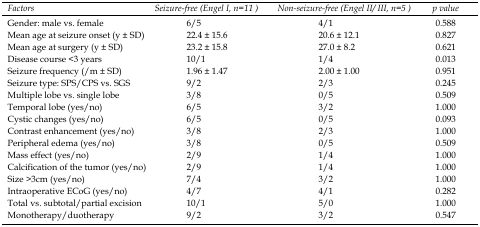
| Factors | Seizure-free (Engel I, n=11 ) | Non-seizure-free (Engel II/ III, n=5 ) | p value |
 | --- | --- | --- | --- |
 | Gender: male vs. female | 6/5 | 4/1 | 0.588 |
 | Mean age at seizure onset (y ± SD) | 22.4 ± 15.6 | 20.6 ± 12.1 | 0.827 |
 | Mean age at surgery (y ± SD) | 23.2 ± 15.8 | 27.0 ± 8.2 | 0.621 |
 | Disease course <3 years | 10/1 | 1/4 | 0.013 |
 | Seizure frequency (/m ± SD) | 1.96 ± 1.47 | 2.00 ± 1.00 | 0.951 |
 | Seizure type: SPS/CPS vs. SGS | 9/2 | 2/3 | 0.245 |
 | Multiple lobe vs. single lobe | 3/8 | 0/5 | 0.509 |
 | Temporal lobe (yes/no) | 6/5 | 3/2 | 1.000 |
 | Cystic changes (yes/no) | 6/5 | 0/5 | 0.093 |
 | Contrast enhancement (yes/no) | 3/8 | 2/3 | 1.000 |
 | Peripheral edema (yes/no) | 3/8 | 0/5 | 0.509 |
 | Mass effect (yes/no) | 2/9 | 1/4 | 1.000 |
 | Calcification of the tumor (yes/no) | 2/9 | 1/4 | 1.000 |
 | Size >3cm (yes/no) | 7/4 | 3/2 | 1.000 |
 | Intraoperative ECoG (yes/no) | 4/7 | 4/1 | 0.282 |
 | Total vs. subtotal/partial excision | 10/1 | 5/0 | 1.000 |
 | Monotherapy/duotherapy | 9/2 | 3/2 | 0.547 |